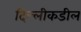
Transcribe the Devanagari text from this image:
दिल्लीकडील